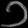
Digit: ၁